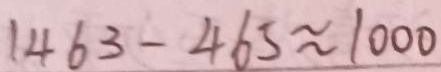
1 4 6 3 - 4 6 5 \approx 1 0 0 0